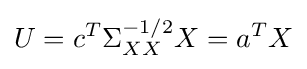
U=c^{T}\Sigma _{XX}^{-1/2}X=a^{T}X